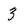
Character: 3